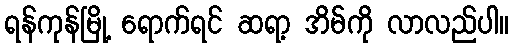
ရန်ကုန်မြို့ ရောက်ရင် ဆရာ့ အိမ်ကို လာလည်ပါ။